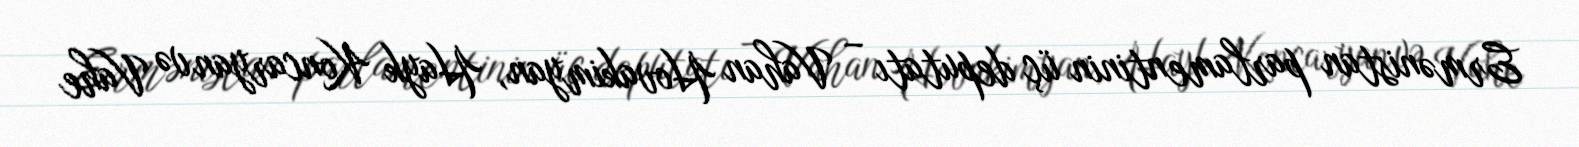
Ermənistan parlamentinin üç deputatı – Vahan Hovakimyan, Hayk Koncaryan və Vahe